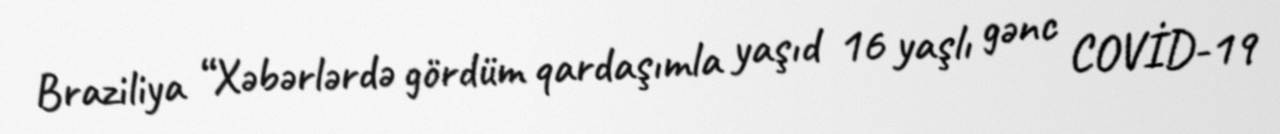
Braziliya “Xəbərlərdə gördüm qardaşımla yaşıd 16 yaşlı gənc COVİD-19